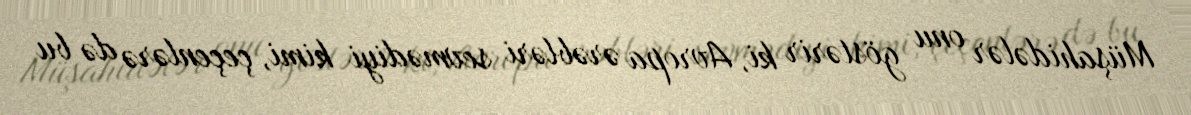
Müşahidələr onu göstərir ki, Avropa ərəbləri sevmədiyi kimi, çeçenlərə də bu